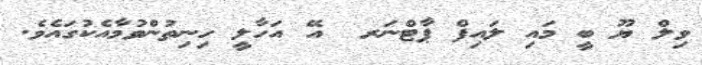
ވިލް ޔޫ ބީ މައި ލައިފް ޕާޓްނަރ  އޭ އަހާލީ ހިނިތުންވުމާއެކުގައެވެ.